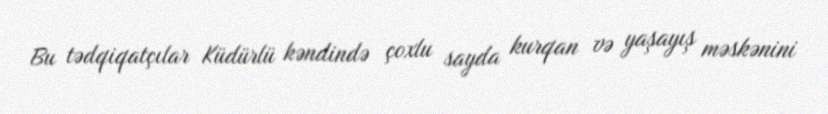
Bu tədqiqatçılar Küdürlü kəndində çoxlu sayda kurqan və yaşayış məskənini